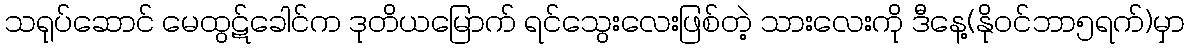
သရုပ်ဆောင် မေထွဋ်ခေါင်က ဒုတိယမြောက် ရင်သွေးလေးဖြစ်တဲ့ သားလေးကို ဒီနေ့(နိုဝင်ဘာ၅ရက်)မှာ